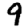
Digit: 9